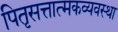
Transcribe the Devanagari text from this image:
पितृसत्तात्मकव्यवस्था